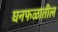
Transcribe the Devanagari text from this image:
घनफळातील